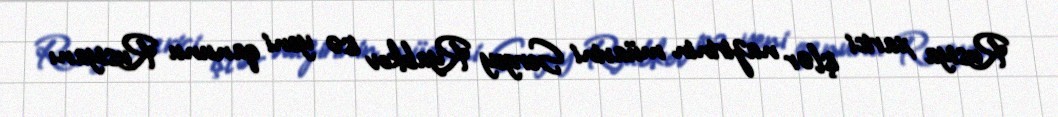
Rusiya xarici işlər nazirinin müavini Sergey Ryabkov isə yeni qanunu Rusiyanı